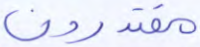
مقتدون